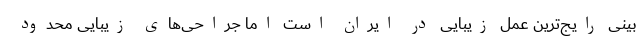
بینی رایج‌ترین عمل زیبایی در ایران است اما جراحی‌های زیبایی محدود